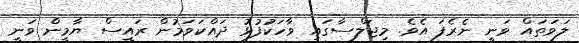
ލަވަތައް ވަނީ ނެރެފަ އެވެ. މިޖަލްސާގައި ވާހަކުަފުޅު ދައްކަވަމުން ރައީސް ޔާމީން ވަނީ